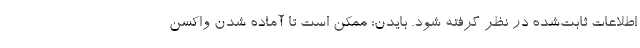
اطلاعات ثابت‌شده در نظر گرفته شود. بایدن: ممکن است تا آماده شدن واکسن